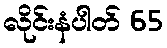
လိုင်းနံပါတ် 65